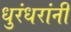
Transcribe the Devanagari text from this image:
धुरंधरांनी